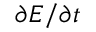
\partial E / \partial t